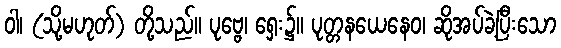
ဝါ၊ (သို့မဟုတ်) တို့သည်။ ပုဗ္ဗေ၊ ရှေး၌။ ပုတ္တနယေနေဝ၊ ဆိုအပ်ခဲ့ပြီးသော